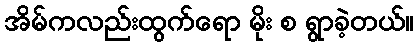
အိမ်ကလည်းထွက်ရော မိုး စ ရွာခဲ့တယ်။